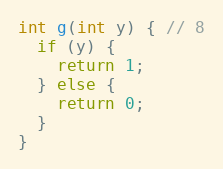
Language: C
int g(int y) { // 8
  if (y) {
    return 1;
  } else {
    return 0;
  }
}